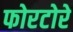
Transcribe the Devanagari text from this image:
फोरटोरे